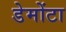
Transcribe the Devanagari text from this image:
डेमोंटा